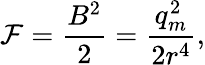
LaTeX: {\cal F}=\frac{B^{2}}{2}=\frac{q_{m}^{2}}{2r^{4}},